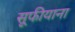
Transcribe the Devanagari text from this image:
सूफीयाना